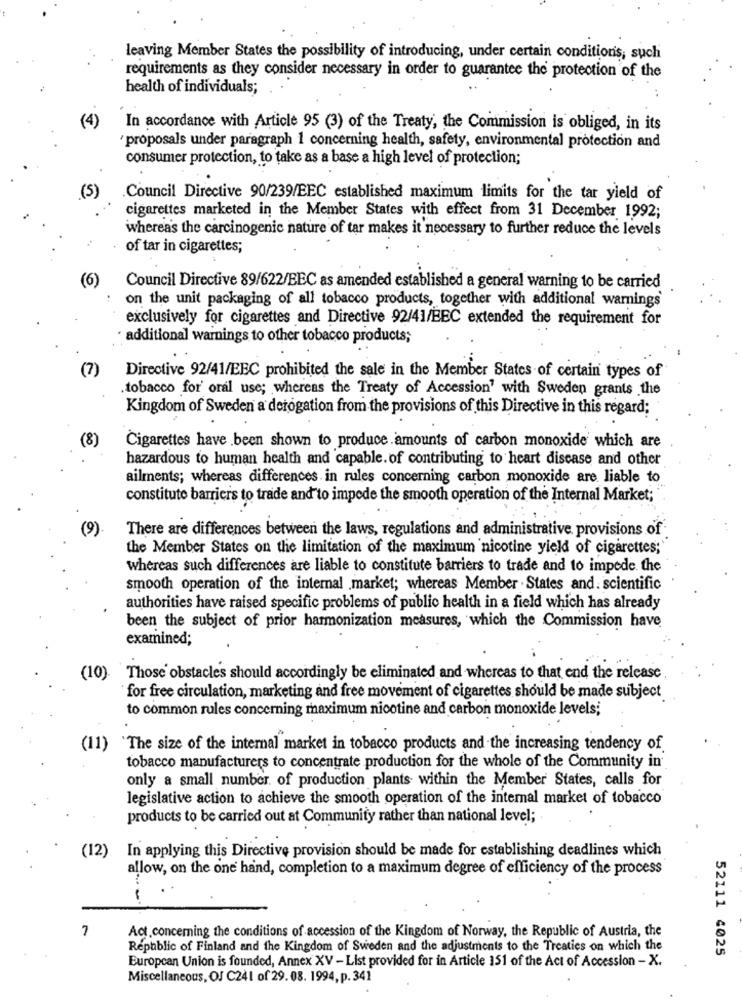
leaving Member States the possibility of introducing, under certain conditions, such
requirements as they consider necessary in order to guarantee the protection of the
health of individuals;
(4)
In accordance with Article 95 (3) of the Treaty, the Commission is obliged, in its
proposals under paragraph 1 concerning health, safety, environmental protection and
consumer protection, to take as a base a high level of protection;
(5)
.Council Directive 90/239/EEC established maximum limits for the tar yield of
cigarettes marketed in the Member States with effect from 31 December 1992;
whereas the carcinogenic nature of tar makes it necessary to further reduce the levels
of tar in cigarettes;
(6)
Council Directive 89/622/EEC as amended established a general warning to be carried
on the unit packaging of all tobacco products, together with additional warnings'
exclusively for cigarettes and Directive 92/41/EEC extended the requirement for
additional warnings to other tobacco products;
(7)
Directive 92/41/EBC prohibited the sale in the Member States of certain types of
.tobacco for' oral use; whereas the Treaty of Accession' with Sweden grants the
Kingdom of Sweden a derogation from the provisions of this Directive in this regard;
(8)
Cigarettes have been shown to produce amounts of carbon monoxide which are
hazardous to human health and capable. of contributing to heart disease and other
ailments; whereas differences in rules concerning carbon monoxide are liable to
constitute barriers to trade and"to impede the smooth operation of the Internal Market;
(9)
There are differences between the laws, regulations and administrative provisions of
the Member States on the limitation of the maximum nicotine yield of cigarettes;
whereas such differences are liable to constitute barriers to trade and to impede the
smooth operation of the internal market; whereas Member . States and. scientific
authorities have raised specific problems of public health in a field which has already
been the subject of prior harmonization measures, which the Commission have
examined;
(10). Those obstacles should accordingly be eliminated and whereas to that end the release.
for free circulation, marketing and free movement of cigarettes should be made subject
to common rules concerning maximum nicotine and carbon monoxide levels;
(11)
"The size of the internal market in tobacco products and the increasing tendency of
tobacco manufacturers to concentrate production for the whole of the Community in'
only a small number of production plants within the Member States, calls for
legislative action to achieve the smooth operation of the internal market of tobacco
products to be carried out at Community rather than national level;
In applying this Directive provision should be made for establishing deadlines which
(12)
allow, on the one hand, completion to a maximum degree of efficiency of the process
7
Act. concerning the conditions of accession of the Kingdom of Norway, the Republic of Austria, the
Republic of Finland and the Kingdom of Sweden and the adjustments to the Treaties on which the
52111 4025
European Union is founded, Annex XV - List provided for in Article 151 of the Act of Accession - X.
Miscellaneous, OJ C241 of 29. 08. 1994, p. 341